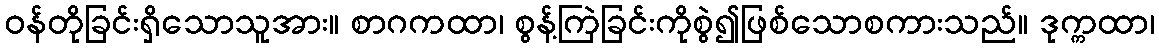
ဝန်တိုခြင်းရှိသောသူအား။ စာဂကထာ၊ စွန့်ကြဲခြင်းကိုစွဲ၍ဖြစ်သောစကားသည်။ ဒုက္ကထာ၊